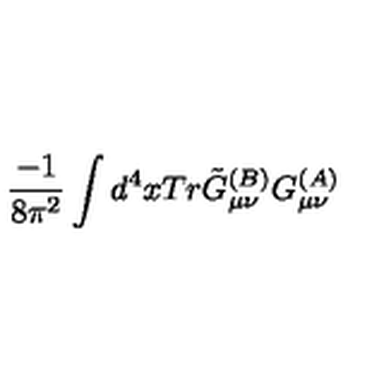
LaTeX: \frac { - 1 } { 8 \pi ^ { 2 } } \int d ^ { 4 } x T r \tilde { G } _ { \mu \nu } ^ { ( B ) } G _ { \mu \nu } ^ { ( A ) }